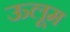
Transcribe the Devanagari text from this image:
ऊलूम